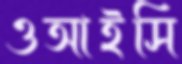
ওআইসি